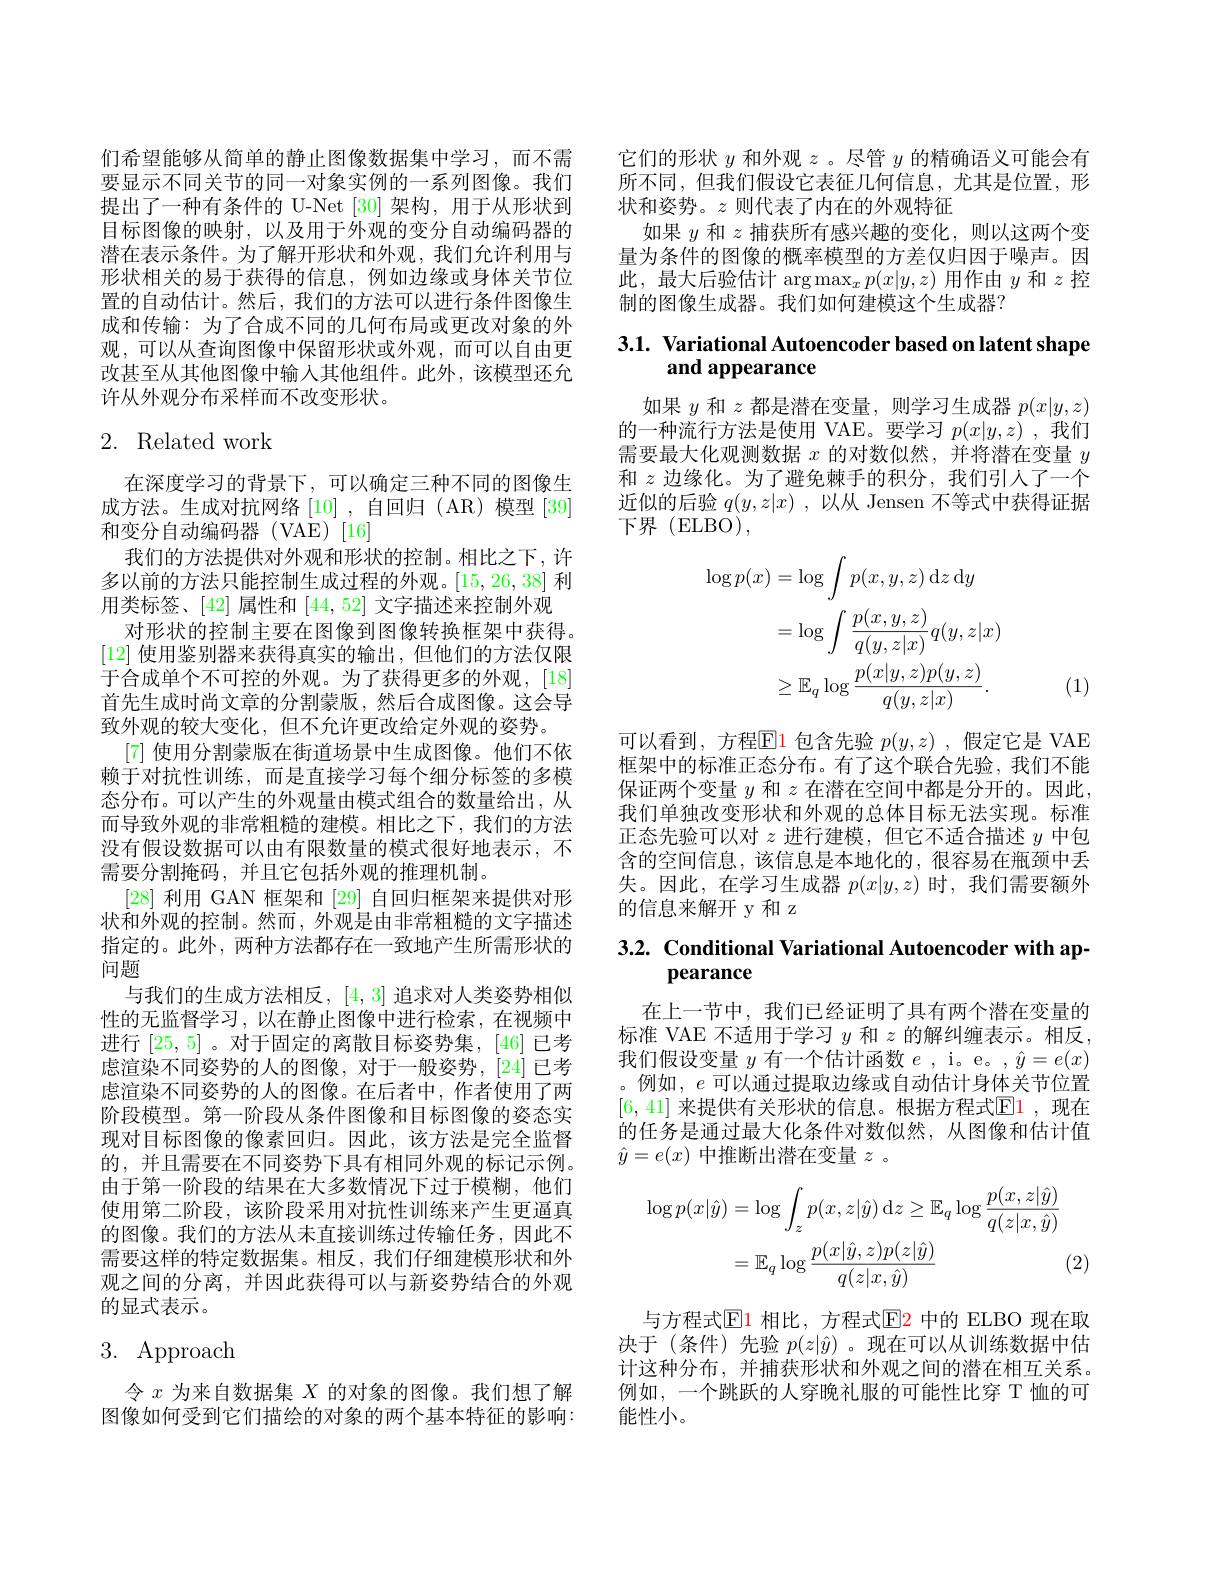
们希望能够从简单的静止图像数据集中学习，而不需要显示不同关节的同一对象实例的一系列图像。我们提出了一种有条件的 U-Net [30]架构，用于从形状到目标图像的映射，以及用于外观的变分自动编码器的潜在表示条件。为了解开形状和外观，我们允许利用与形状相关的易于获得的信息，例如边缘或身体关节位置的自动估计。然后，我们的方法可以进行条件图像生成和传输：为了合成不同的几何布局或更改对象的外观，可以从查询图像中保留形状或外观，而可以自由更改甚至从其他图像中输入其他组件。此外，该模型还允许从外观分布采样而不改变形状。

## 2. Related work

在深度学习的背景下，可以确定三种不同的图像生成方法。生成对抗网络[10],自回归 (AR)模型 [39] 和变分自动编码器(VAE)[16]
我们的方法提供对外观和形状的控制。相比之下，许多以前的方法只能控制生成过程的外观。[15,26,38]利用类标签、[42]属性和[44,52]文字描述来控制外观
对形状的控制主要在图像到图像转换框架中获得。[12]使用鉴别器来获得真实的输出，但他们的方法仅限于合成单个不可控的外观。为了获得更多的外观，[18] 首先生成时尚文章的分割蒙版，然后合成图像。这会导致外观的较大变化，但不允许更改给定外观的姿势。
[7]使用分割蒙版在街道场景中生成图像。他们不依赖于对抗性训练，而是直接学习每个细分标签的多模态分布。可以产生的外观量由模式组合的数量给出，从而导致外观的非常粗糙的建模。相比之下，我们的方法没有假设数据可以由有限数量的模式很好地表示，不需要分割掩码，并且它包括外观的推理机制。
[28]利用 GAN 框架和[29]自回归框架来提供对形状和外观的控制。然而，外观是由非常粗糙的文字描述指定的。此外，两种方法都存在一致地产生所需形状的问题
与我们的生成方法相反，[4,3]追求对人类姿势相似性的无监督学习，以在静止图像中进行检索，在视频中进行[25,5] 。对于固定的离散目标姿势集，[46]已考虑渲染不同姿势的人的图像，对于一般姿势，[24] 已考虑渲染不同姿势的人的图像。在后者中，作者使用了两阶段模型。第一阶段从条件图像和目标图像的姿态实现对目标图像的像素回归。因此，该方法是完全监督的，并且需要在不同姿势下具有相同外观的标记示例。由于第一阶段的结果在大多数情况下过于模糊，他们使用第二阶段，该阶段采用对抗性训练来产生更逼真的图像。我们的方法从未直接训练过传输任务，因此不需要这样的特定数据集。相反，我们仔细建模形状和外观之间的分离，并因此获得可以与新姿势结合的外观的显式表示。

# 3. Approach

令$x$为来自数据集$X$的对象的图像。我们想了解图像如何受到它们描绘的对象的两个基本特征的影响：

它们的形状$y$和外观$z$ 。尽管$y$的精确语义可能会有所不同，但我们假设它表征几何信息，尤其是位置，形状和姿势。$z$则代表了内在的外观特征
如果$y$和$z$捕获所有感兴趣的变化，则以这两个变量为条件的图像的概率模型的方差仅归因于噪声。因此，最大后验估计$\arg\max_xp(x|y,z)$用作由$y$和$z$控制的图像生成器。我们如何建模这个生成器？

# 3.1. Variational Autoencoder based on latent shape and appearance

如果$y$和$z$都是潜在变量，则学习生成器$p(x|y,z)$ 的一种流行方法是使用 VAE。要学习$p(x|y,z)$ ,我们需要最大化观测数据$x$的对数似然，并将潜在变量$y$ 和$z$边缘化。为了避免棘手的积分，我们引人了一个近似的后验$q(y,z|x)$ ,以从 Jensen 不等式中获得证据下界(ELBO),
$$\begin{aligned}\log p(x)&=\log\int p(x,y,z)\:\mathrm{d}z\:\mathrm{d}y\\&=\log\int\frac{p(x,y,z)}{q(y,z|x)}q(y,z|x)\\&\geq\mathbb{E}_{q}\log\frac{p(x|y,z)p(y,z)}{q(y,z|x)}.\end{aligned}$$
(1)

可以看到，方程$\overline{\mathrm{E}}$1 包含先验 $p(y,z)$ ,假定它是 VAE 框架中的标准正态分布。有了这个联合先验，我们不能保证两个变量$y$和$z$在潜在空间中都是分开的。因此， 我们单独改变形状和外观的总体目标无法实现。标准正态先验可以对$z$进行建模，但它不适合描述$y$中包含的空间信息，该信息是本地化的，很容易在瓶颈中丢失。因此，在学习生成器$p(x|y,z)$时，我们需要额外的信息来解开 y 和 z

# 3.2. Conditional Variational Autoencoder with appearance

在上一节中，我们已经证明了具有两个潜在变量的标准 VAE 不适用于学习$y$和$z$的解纠缠表示。相反， 我们假设变量$y$有一个估计函数$e$, i。e。$,\hat{y}=e(x)$ 。例如，$e$可以通过提取边缘或自动估计身体关节位置[6,41] 来提供有关形状的信息。根据方程式$\boxed{\mathrm{E}}1$, 现在的任务是通过最大化条件对数似然，从图像和估计值$\hat{y}=e(x)$中推断出潜在变量$z$ 。
$$\begin{aligned}\log p(x|\hat{y})&=\log\int_{z}p(x,z|\hat{y})\:\mathrm{d}z\geq\mathbb{E}_{q}\log\frac{p(x,z|\hat{y})}{q(z|x,\hat{y})}\\&=\mathbb{E}_{q}\log\frac{p(x|\hat{y},z)p(z|\hat{y})}{q(z|x,\hat{y})}\end{aligned}$$
(2)

与方程式$\color{red}{\mathrm{El}}$1 相比，方程式$\color{red}{\mathrm{E}}$2 中的 ELBO 现在取决于(条件)先验$p(z|\hat{y})$ 。现在可以从训练数据中估计这种分布，并捕获形状和外观之间的潜在相互关系。例如，一个跳跃的人穿晚礼服的可能性比穿 T 恤的可能性小。